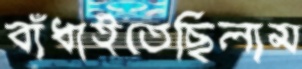
বাঁধাইতেছিলাম